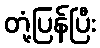
တုံ့ပြန်ပြီး